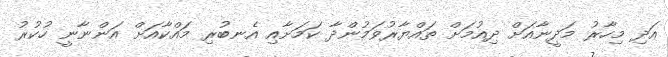
އަދި މިހާރު މަދީނާއަށް ދިއުމަށް ތައްޔާރުވަމުންދާ ކަަމަށާއި އެނބުރި މައްކާއަށް އަންނާނީ ހުކުރު